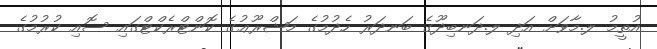
އުތީމު ލ.މާވަށް އަދި ލ.ދަނބިދޫގެ ބަނދަރު ހެދުމުގެ މަޝްރޫޢުގެ ކޮންޓްރެކްޓްގައި ސޮއި ކުރުމުގެ